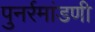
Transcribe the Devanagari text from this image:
पुनर्रमांडणी